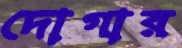
দোগার